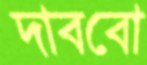
দাববো